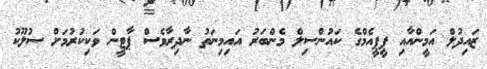
ޒައިދުލް އަމީންއާއި ޕީޕީއެމްގެ ކައުންސިލް މެންބަރު އައިމިނަތު ނާދިރާވެސް ޕާޓީން ވަކިކުރުމަށް ސުލޫކު